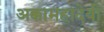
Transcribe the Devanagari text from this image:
अक्कामहादेवी